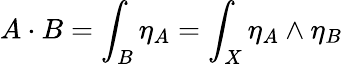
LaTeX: A\cdot B=\int_{B}\eta_{A}=\int_{X}\eta_{A}\wedge\eta_{B}